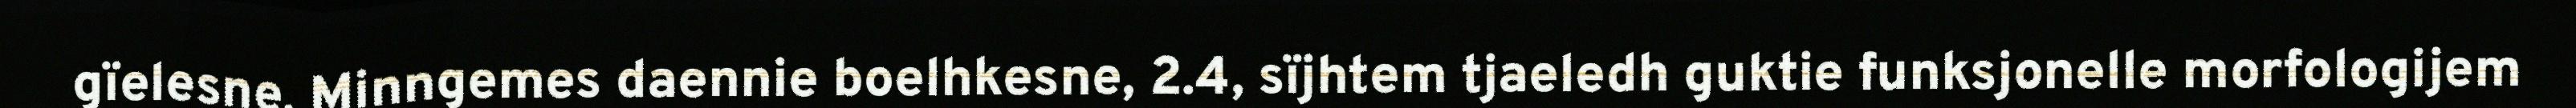
gïelesne. Minngemes daennie boelhkesne, 2.4, sïjhtem tjaeledh guktie funksjonelle morfologijem